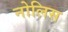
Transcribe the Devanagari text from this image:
नोलिस